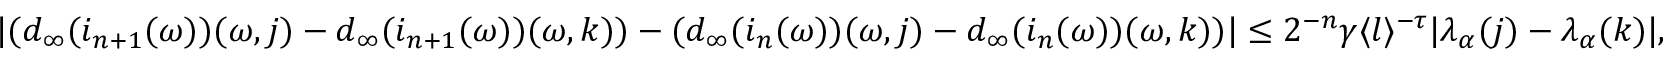
\begin{array} { r } { | ( d _ { \infty } ( i _ { n + 1 } ( \omega ) ) ( \omega , j ) - d _ { \infty } ( i _ { n + 1 } ( \omega ) ) ( \omega , k ) ) - ( d _ { \infty } ( i _ { n } ( \omega ) ) ( \omega , j ) - d _ { \infty } ( i _ { n } ( \omega ) ) ( \omega , k ) ) | \le 2 ^ { - n } \gamma \langle l \rangle ^ { - \tau } | \lambda _ { \alpha } ( j ) - \lambda _ { \alpha } ( k ) | , } \end{array}